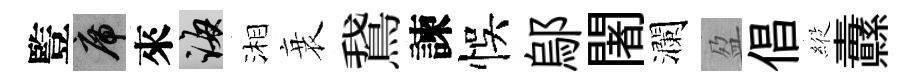
䜿席來誨湘衰鵞諫悞鄔闍瀾盈倡𦂵纛